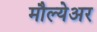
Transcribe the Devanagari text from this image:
मौल्येअर